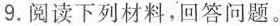
9.阅读下列材料，回答问题。